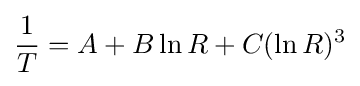
{\frac {1}{T}}=A+B\ln R+C(\ln R)^{3}